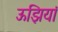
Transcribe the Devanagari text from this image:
ऊझियां